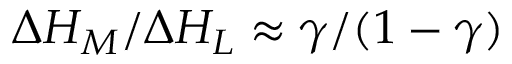
\Delta { H _ { M } } / \Delta { H _ { L } } \approx \gamma / ( 1 - \gamma )